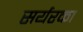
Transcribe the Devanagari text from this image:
सर्यरका